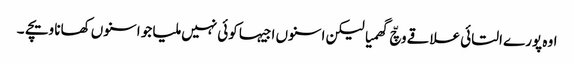
اوہ پورے التائی علاقے وچّ گھمیا لیکن اسنوں اجیہا کوئی نہیں ملیا جو اسنوں کھانا ویچے ۔